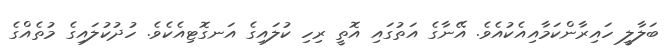
ބަލާލީ ހައިރާންކަމާއިއެކުއެވެ. އޭނާގެ އަތުގައި އޮތީ ރިހި ކުލައިގެ އަނގޮޓިއެކެވެ. ހުދުކުލައިގެ މުތެއްގެ